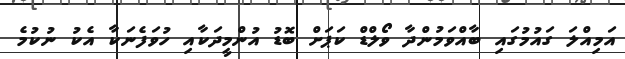
އަމިއްލަ ގައުމުގައި ބާއްވަމުންދާ ވޯލްޑް ކަޕަށް ބޮޑު އުންމީދަކާއި ހުވަފެނަކާ އެކު ނުކުމެ